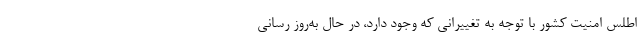
اطلس امنیت کشور با توجه به تغییرانی که وجود دارد، در حال به‌روز رسانی